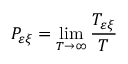
P _ { \varepsilon \xi } = \operatorname* { l i m } _ { T \to \infty } \frac { T _ { \varepsilon \xi } } { T }